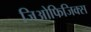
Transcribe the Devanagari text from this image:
जिओफिजिक्स